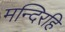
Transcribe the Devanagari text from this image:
मन्दिरहि